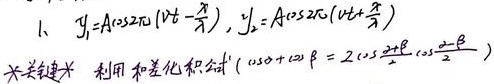
1、\(y_1 = A\cos 2\pi(\nu t-\frac{x}{\lambda})\)，\(y_2 = A\cos 2\pi(\nu t+\frac{x}{\lambda})\)
关键提示：利用和差化积公式 \((\cos\alpha+\cos\beta = 2\cos\frac{\alpha + \beta}{2}\cos\frac{\alpha-\beta}{2})\)